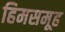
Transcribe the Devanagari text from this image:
हिमसमूह